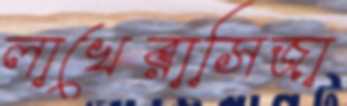
লাখেরাসিজা